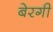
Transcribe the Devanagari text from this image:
बेरगी